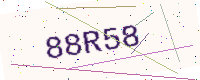
Text: 88R58